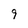
Character: 9